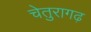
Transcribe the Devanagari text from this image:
चेतुरागढ़